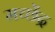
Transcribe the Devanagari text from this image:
मच्छेंद्र